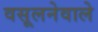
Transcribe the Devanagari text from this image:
वसूलनेवाले